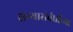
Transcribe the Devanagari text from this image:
सग्यासंबंधींच्या